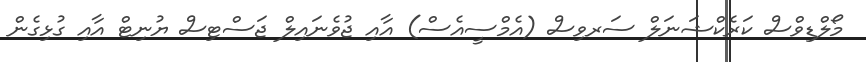
މޯލްޑިވްސް ކަރެކްޝަނަލް ސަރވިސް (އެމްސީއެސް) އާއި ޖުވެނައިލް ޖަސްޓިސް ޔުނިޓް އާއި ގުޅިގެން